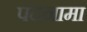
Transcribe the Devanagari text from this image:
पंदनामा